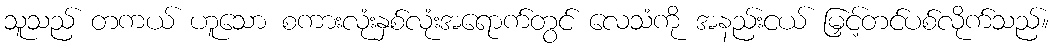
သူသည် တကယ် ဟူသော စကားလုံးနှစ်လုံးအရောက်တွင် လေသံကို အနည်းငယ် မြှင့်တင်ပစ်လိုက်သည်။